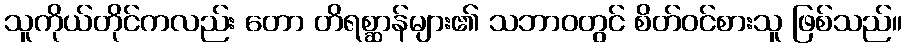
သူကိုယ်တိုင်ကလည်း တော တိရစ္ဆာန်များ၏ သဘာဝတွင် စိတ်ဝင်စားသူ ဖြစ်သည်။